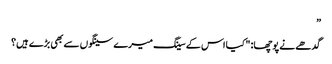
”
گدھے نے پوچھا: "کیا اس کے سینگ میرے سینگوں سے بھی بڑے ہیں؟